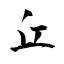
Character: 丘